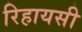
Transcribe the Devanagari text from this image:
रिहायसी